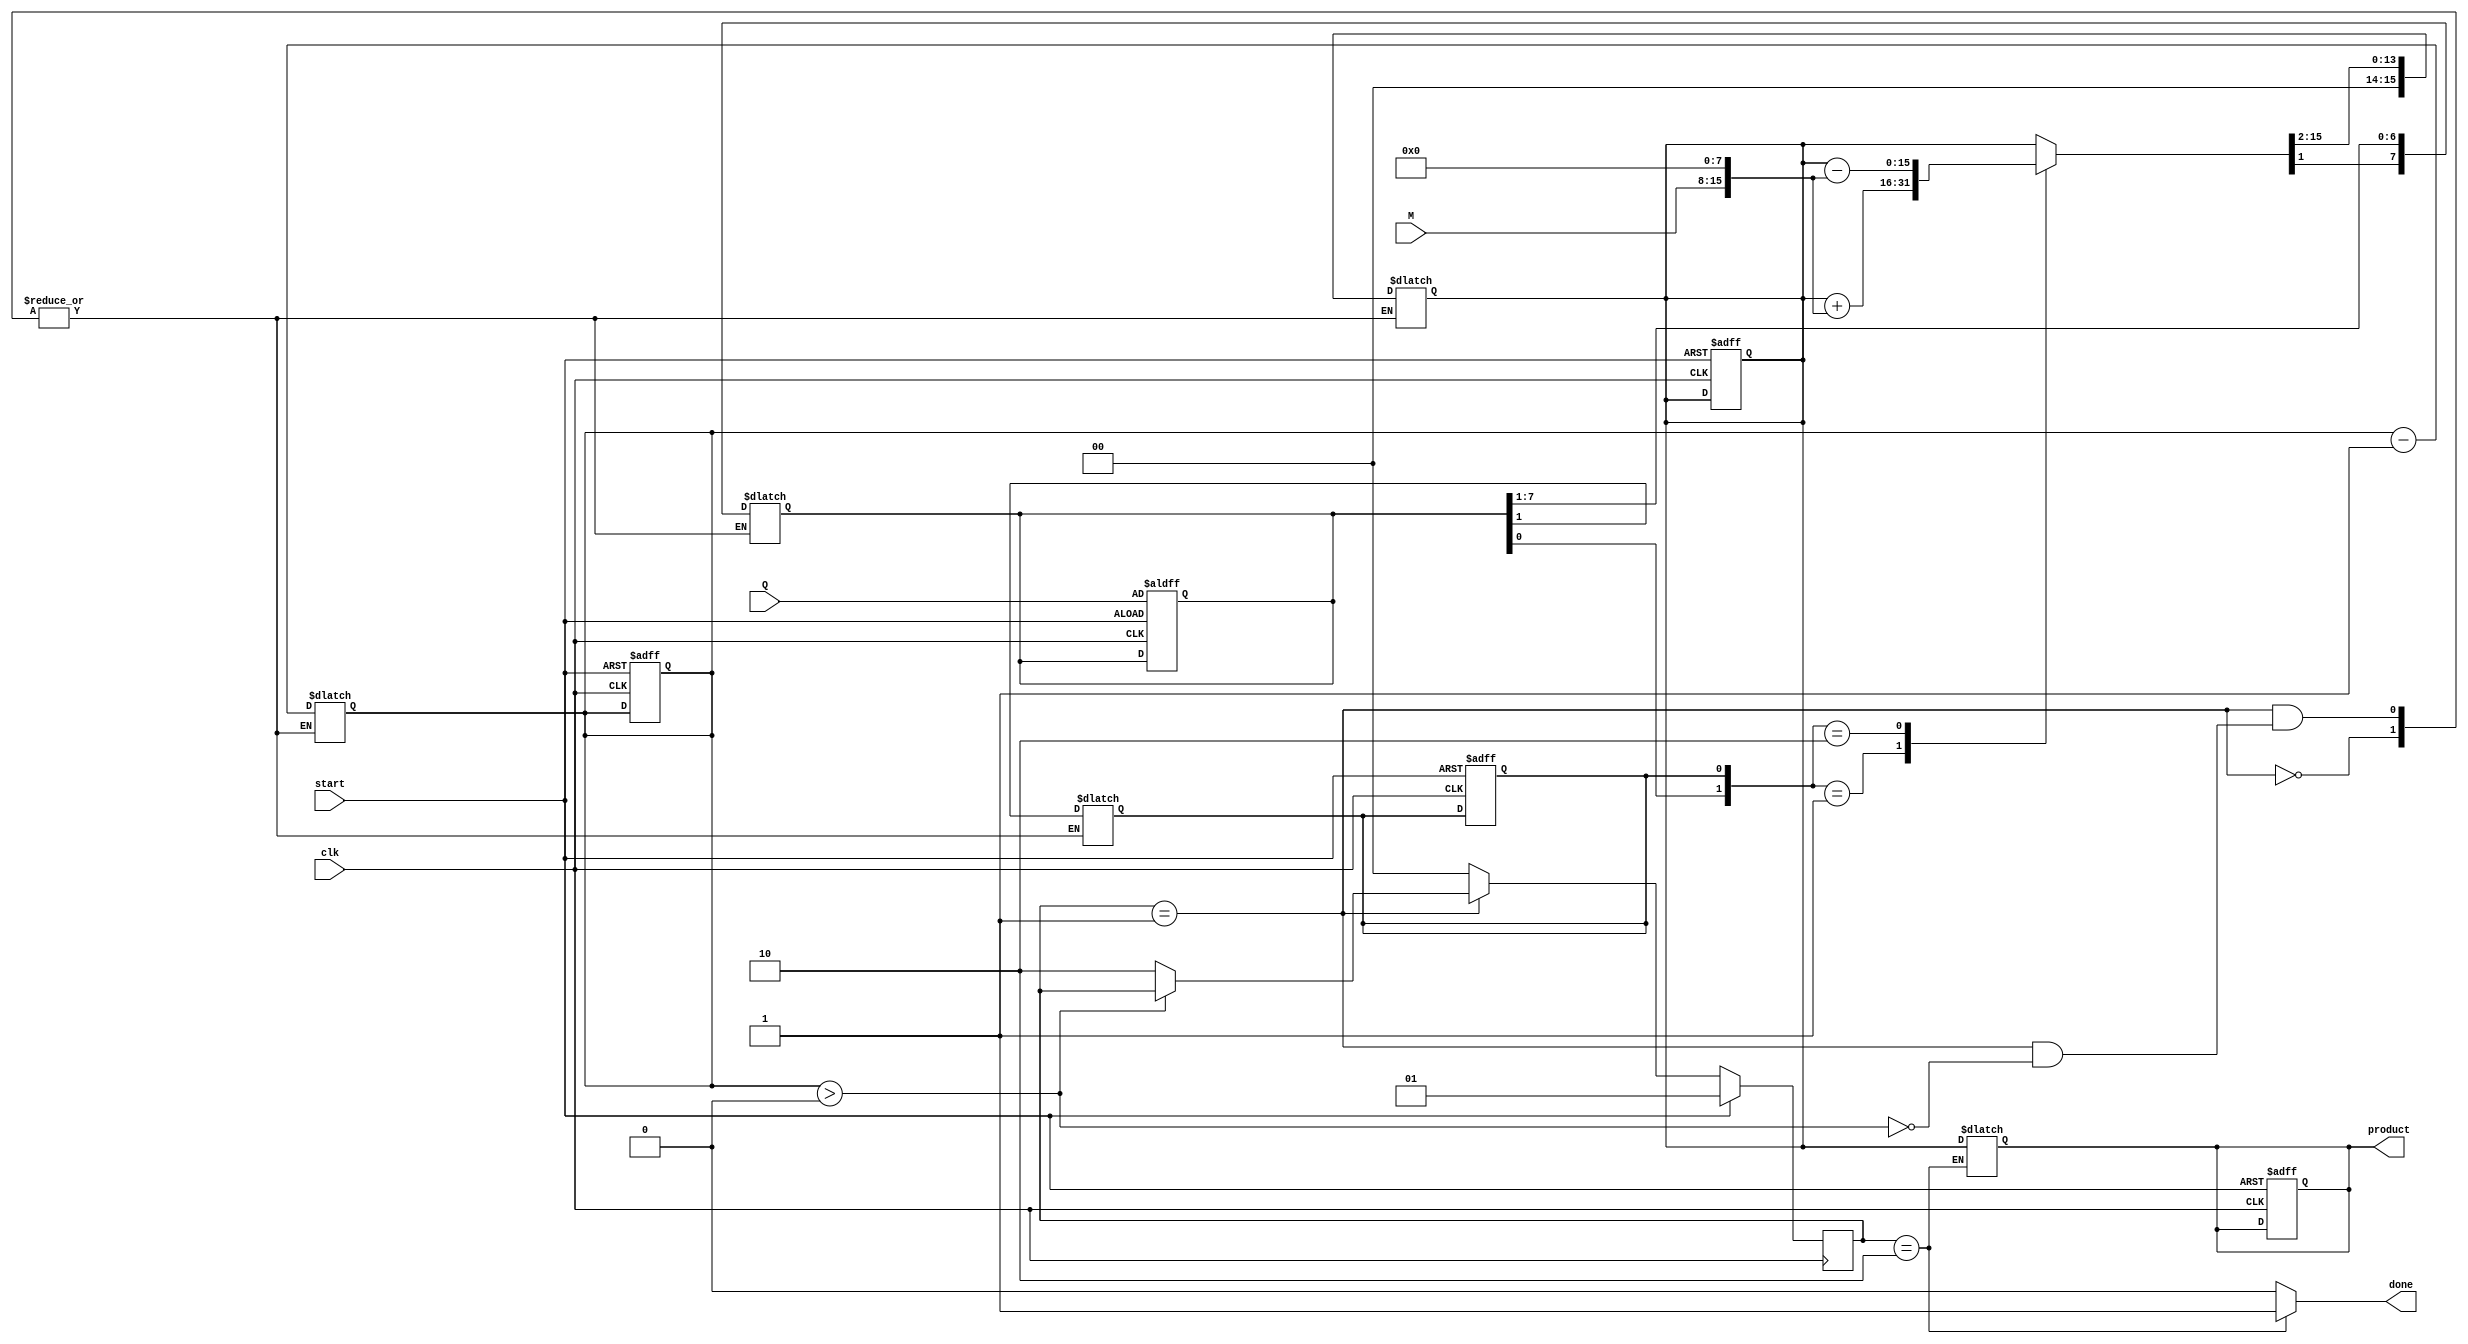
module booth_multiplier #(parameter WIDTH = 8) (
    input signed [WIDTH-1:0] M, // Multiplicand
    input signed [WIDTH-1:0] Q, // Multiplier
    input clk,
    input start,
    output reg signed [2*WIDTH-1:0] product, // Product output
    output reg done // Done signal
);

    reg signed [2*WIDTH-1:0] A; // Accumulator
    reg [WIDTH-1:0] Q_temp; // Temporary multiplier
    reg [WIDTH:0] count; // Counter for bits processed
    reg Q_1; // Previous LSB of Q

    // State machine states
    localparam IDLE = 2'b00,
               PROCESS = 2'b01,
               DONE = 2'b10;

    reg [1:0] state, next_state;

    // State transition
    always @(posedge clk) begin
        if (start) begin
            state <= PROCESS;
        end else begin
            state <= next_state;
        end
    end

    // Next state logic and output logic
    always @(*) begin
        next_state = state;
        done = 0;

        case (state)
            PROCESS: begin
                if (count > 0) begin
                    // Determine operation based on Q_temp and Q_1
                    case ({Q_temp[0], Q_1})
                        2'b01: A = A + {M, {WIDTH{1'b0}}}; // Add M to A
                        2'b10: A = A - {M, {WIDTH{1'b0}}}; // Subtract M from A
                        default: A = A; // Do nothing
                    endcase

                    // Shift right: A and Q_temp
                    {A, Q_temp} = {A[2*WIDTH-1:1], Q_temp[WIDTH-1:1]};
                    Q_1 = Q_temp[0]; // Update previous LSB
                    count = count - 1; // Decrement count
                end else begin
                    next_state = DONE; // Move to done state
                end
            end

            DONE: begin
                product = A; // Store the result
                done = 1; // Set done signal
                next_state = IDLE; // Reset to idle
            end

            default: begin
                next_state = IDLE; // Default to idle state
            end
        endcase
    end

    // Initialization and control logic
    always @(posedge clk or posedge start) begin
        if (start) begin
            A <= 0; // Initialize accumulator to 0
            Q_temp <= Q; // Load multiplier
            count <= WIDTH; // Set count to number of bits
            Q_1 <= 0; // Initialize previous LSB to 0
            product <= 0; // Clear product
        end else if (state == PROCESS) begin
            // Continue processing
        end
    end

endmodule